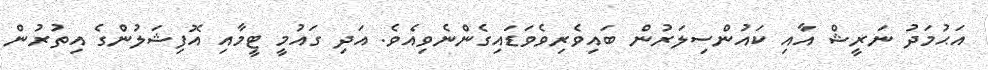
އަޙުމަދު ނަރީޝް އާއި ކައުންސިލަރުން ބައިވެރިވެވަޑައިގެންނެވިއެވެ. އަދި ގައުމީ ޓީމާއި އޮފިޝަލުންގެ އިތުރުން